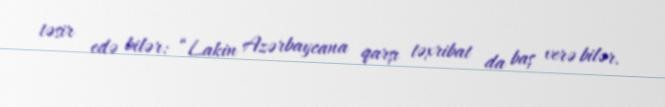
təsir edə bilər: “Lakin Azərbaycana qarşı təxribat da baş verə bilər.